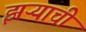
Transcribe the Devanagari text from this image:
झऱ्याची